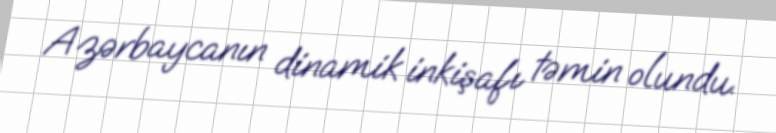
Azərbaycanın dinamik inkişafı təmin olundu.